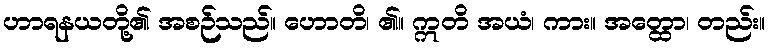
ဟာရနယတို့၏ အစဉ်သည်။ ဟောတိ၊ ၏။ ဣတိ အယံ၊ ကား။ အတ္ထော၊ တည်း။